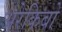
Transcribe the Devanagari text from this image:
अरेकिबो